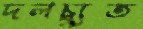
দলচ্যুত